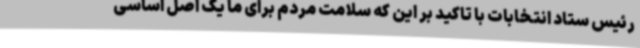
رئیس ستاد انتخابات با تاکید بر این که سلامت مردم برای ما یک اصل اساسی